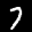
Label: 7